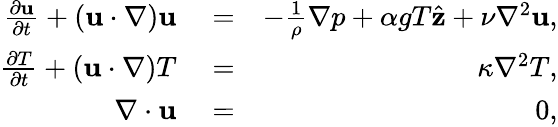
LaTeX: \begin{array}{rlr}{\frac{\partial{\mathbf u}}{\partial t}+({\mathbf u}\cdot\nabla){\mathbf u}}&{{}=}&{-\frac{1}{\rho}\nabla p+\alpha gT\hat{\mathbf z}+\nu\nabla^{2}{\mathbf u},}\\ {\frac{\partial T}{\partial t}+({\mathbf u}\cdot\nabla)T}&{{}=}&{\kappa\nabla^{2}T,}\\ {\nabla\cdot{\mathbf u}}&{{}=}&{0,}\end{array}